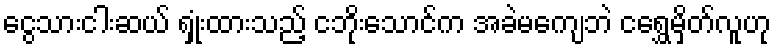
ငွေသားငါးဆယ် ရှုံးထားသည့် ငဘိုးသောင်က အခဲမကျေဘဲ ငရွှေမှိတ်လူဟု